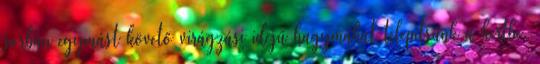
sorban egymást követő virágzási idejű hagymákat telepítsünk a kertbe.